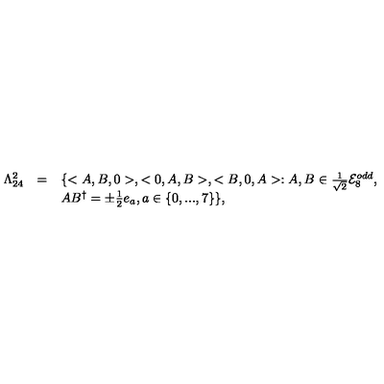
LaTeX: \begin{array} { l l l } { \Lambda _ { 2 4 } ^ { 2 } } & { = } & { \{ < A , B , 0 > , < 0 , A , B > , < B , 0 , A > : A , B \in \frac { 1 } { \sqrt { 2 } } { \cal E } _ { 8 } ^ { o d d } , } \\ { } & { } & { A B ^ { \dagger } = \pm \frac { 1 } { 2 } e _ { a } , a \in \{ 0 , . . . , 7 \} \} , } \\ \end{array}